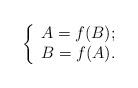
LaTeX: \begin{align*}\left\{\begin{array}{ll}A=f(B); \\B=f(A).\end{array}\right.\end{align*}